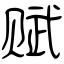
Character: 赋